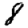
Digit: 8